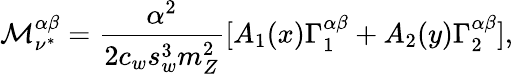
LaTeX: {\cal M}_{\nu^{*}}^{\alpha\beta}=\frac{\alpha^{2}}{2c_{w}s_{w}^{3}m_{Z}^{2}}[A_{1}(x)\Gamma_{1}^{\alpha\beta}+A_{2}(y)\Gamma_{2}^{\alpha\beta}],